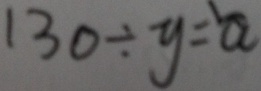
1 3 0 \div y = a